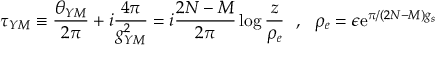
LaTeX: \tau _ { Y M } \equiv \frac { \theta _ { Y M } } { 2 \pi } + i \frac { 4 \pi } { g _ { Y M } ^ { 2 } } = i \frac { 2 N - M } { 2 \pi } \log \frac { z } { \rho _ { e } } ~ ~ , ~ ~ \rho _ { e } = \epsilon \mathrm { e } ^ { \pi / ( 2 N - M ) g _ { s } }